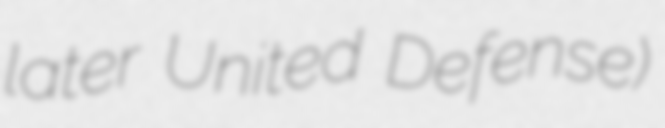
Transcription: later United Defense)